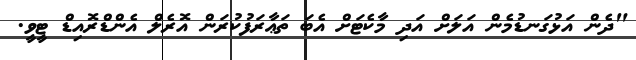
"ދެން އަޅުގަނޑުމެން އަލަށް އަދި މާކެޓަށް އެބަ ތަޢާރަފުކުރަން އޮރެލް އެންޑްރޮއިޑް ޓީވީ.